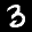
Label: 3